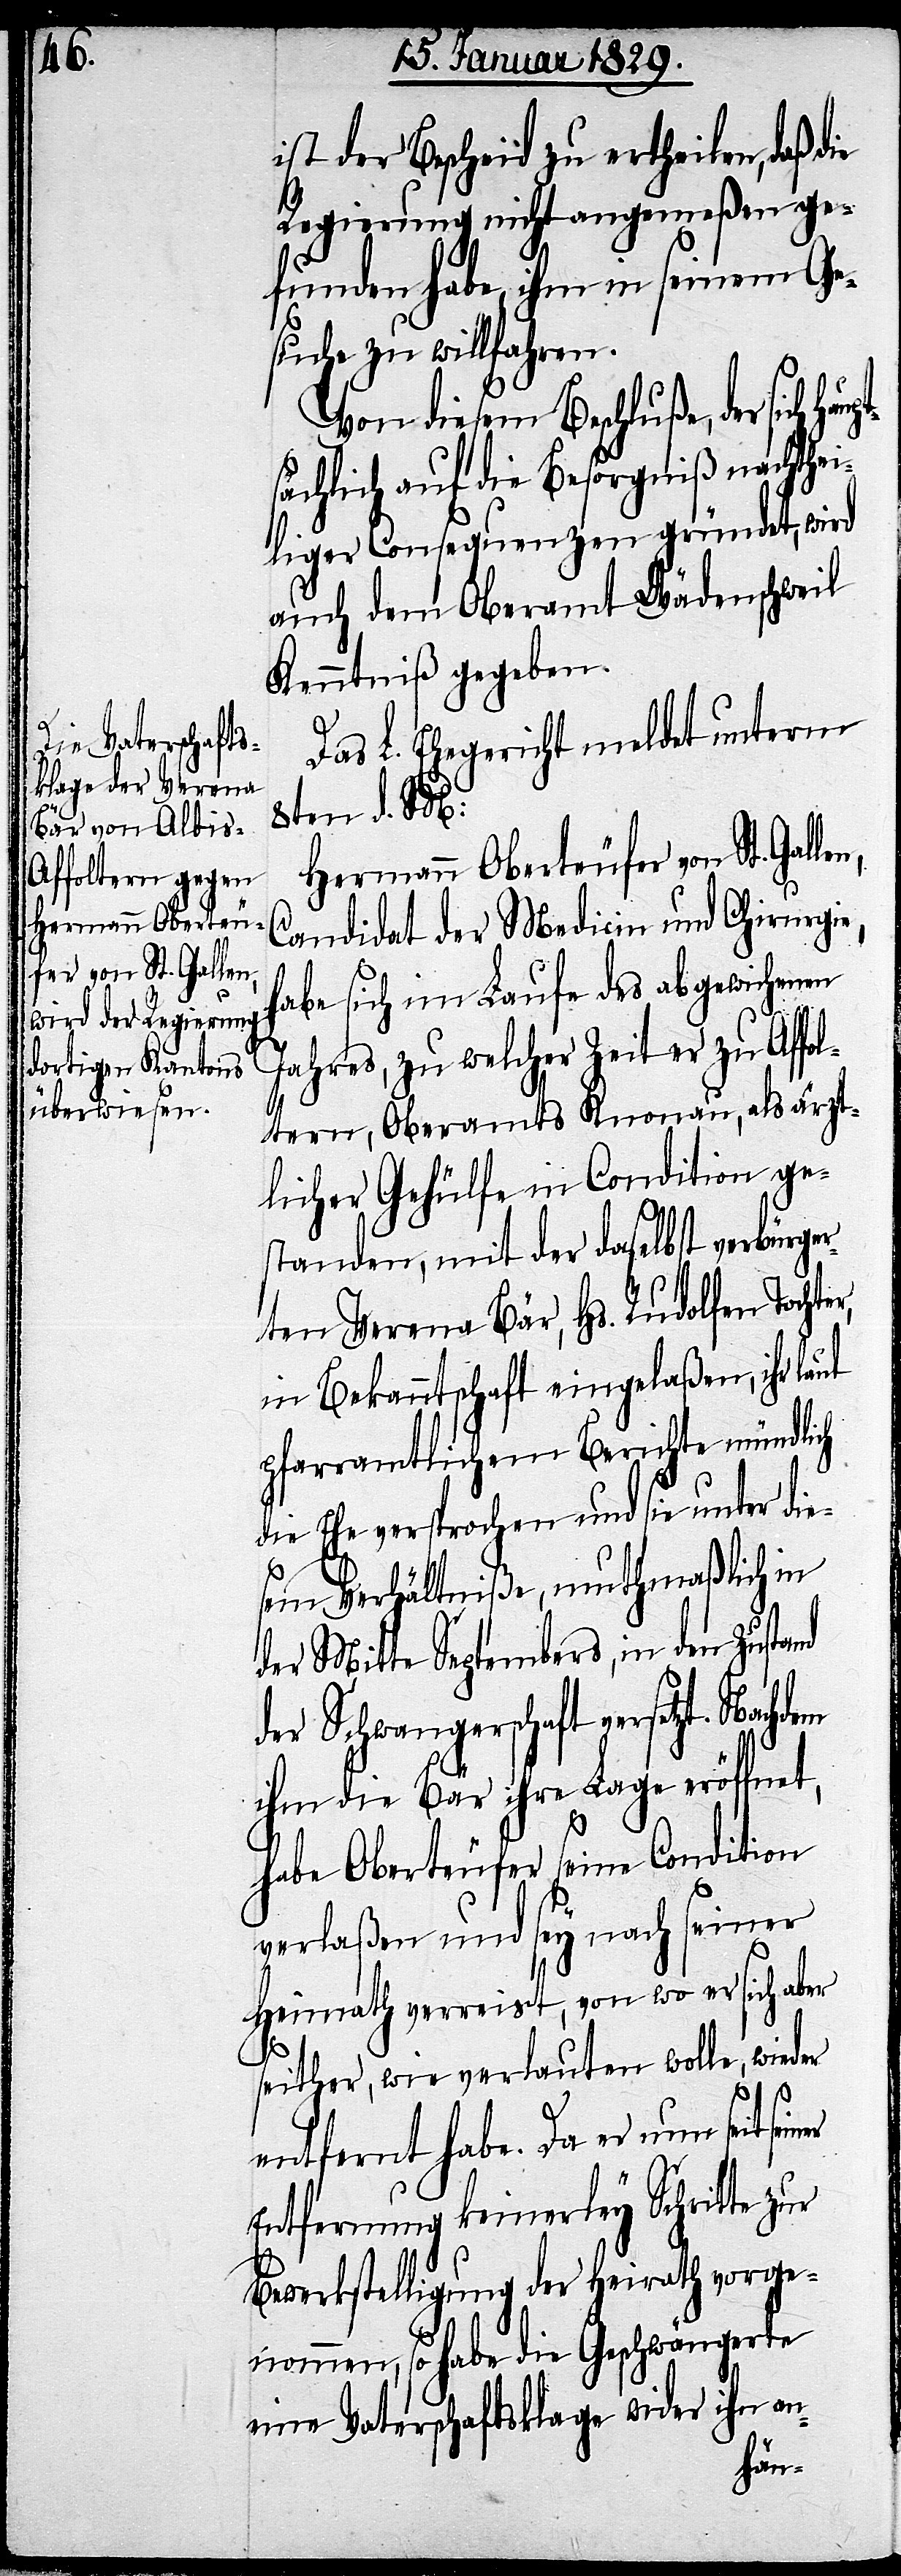
Hermann Oberteu¬
fer von St. Gallen,

ist der Bescheid zu ertheilen, daß
Regierung nicht angemeßen ge¬
funden habe, ihm in seinem Ge¬
suche zu willfahren.
Von diesem Beschluße, der sich
sächlich auf die Besorgniß nachthei¬
liger Consequenzen gründet, wird
auch dem Oberamt Wädenschweil
Kenntniß gegeben.
Das L. Ehegericht meldet unterm
8ten d. M:
Candidat der Medicin und Chirurgie,
habe sich im Laufe des abgewichenen
Jahres, zu welcher Zeit er zu Affol¬
tern, Oberamts Knonau, als ärzt¬
licher Gehülfe in Condition ge¬
standen, mit der daselbst verbürger¬
ten Verena Bär, Hs. Rudolfen Tochter,
in Bekanntschaft eingelaßen, ihr laut
pfarramtlichem Berichte mündlich
die Ehe versprochen und sie unter die¬
sem Verhältniße, muthmaßlich in
der Mitte Septembers, in den Zustand
der Schwangerschaft versetzt. Nachdem
ihm die Bär ihre Lage eröffnet,
habe Oberteufer seine Condition
verlaßen und sey nach seiner
Heimath verreist, von wo er sich aber
seither, wie verlauten wolle, wieder
entfernt habe. Da er nun seit
Entfernung keinerley Schritte zur
Bewerkstelligung der Heirath vorge¬
nommen, so habe die Geschwängerte
eine Vaterschaftsklage wider ihn an-
haupt¬